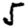
Digit: 5